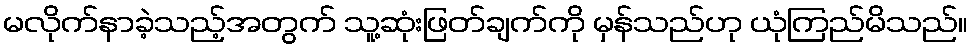
မလိုက်နာခဲ့သည့်အတွက် သူ့ဆုံးဖြတ်ချက်ကို မှန်သည်ဟု ယုံကြည်မိသည်။